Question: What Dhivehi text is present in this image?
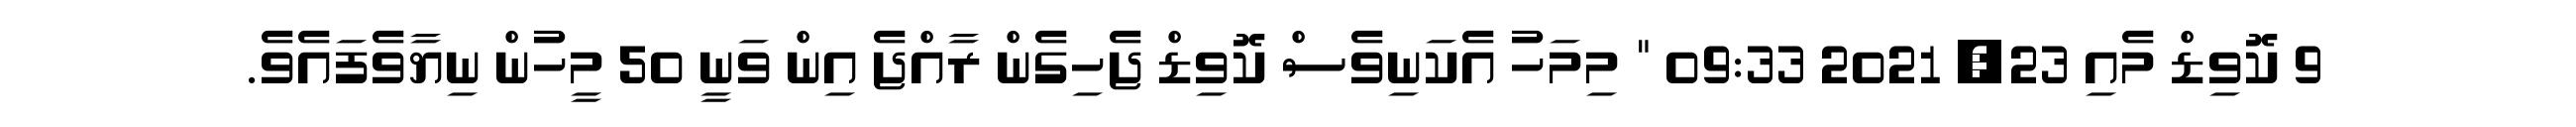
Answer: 9 ކޮވިޑް މެއި 23, 2021 09:33 " މިމަހު އެކަނިވެސް ކޮވިޑް ޖެހިގެން ރާއްޖެ އިން ވަނީ 50 މީހުން ނިޔާވެފައެވެ.